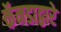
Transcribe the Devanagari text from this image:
कॅनडाद्वारे